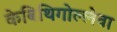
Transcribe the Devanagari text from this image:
केबिथिगोल्लेवा